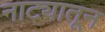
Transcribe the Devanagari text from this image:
नाट्यातून